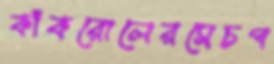
কাঁকরোলেরসেচপ